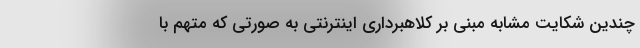
چندین شکایت مشابه مبنی بر کلاهبرداری اینترنتی به صورتی که متهم با